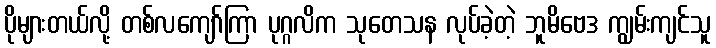
ပိုများတယ်လို့ တစ်လကျော်ကြာ ပုဂ္ဂလိက သုတေသန လုပ်ခဲ့တဲ့ ဘူမိဗေဒ ကျွမ်းကျင်သူ